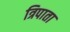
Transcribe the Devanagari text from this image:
त्रिपाता